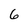
Character: 6